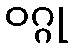
ဝဂ္ဂု